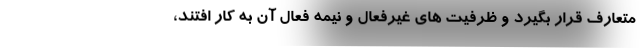
متعارف قرار بگیرد و ظرفیت های غیرفعال و نیمه فعال آن به کار افتند،